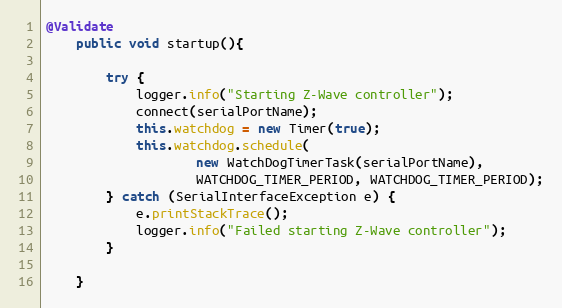
Language: Java
@Validate
	public void startup(){

		try {
			logger.info("Starting Z-Wave controller");
			connect(serialPortName);
			this.watchdog = new Timer(true);
			this.watchdog.schedule(
					new WatchDogTimerTask(serialPortName),
					WATCHDOG_TIMER_PERIOD, WATCHDOG_TIMER_PERIOD);
		} catch (SerialInterfaceException e) {
			e.printStackTrace();
			logger.info("Failed starting Z-Wave controller");
		}

	}